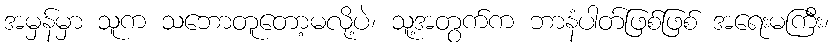
အမှန်မှာ သူက သဘောတူတော့မလို့ပဲ၊ သူ့အတွက်က ဘာနံပါတ်ဖြစ်ဖြစ် အရေးမကြီး၊